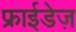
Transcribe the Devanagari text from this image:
फ्राईडेज़